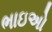
ભાઇઅો